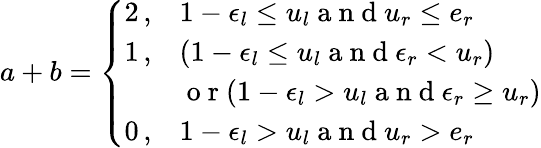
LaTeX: a+b=\left\{ \begin{array}{ll}{2\, ,}&{1-\epsilon_{l}\leq u_{l}\mathrm{~a~n~d~}u_{r}\leq e_{r}}\\ {1\, ,}&{(1-\epsilon_{l}\leq u_{l}\mathrm{~a~n~d~}\epsilon_{r}<u_{r})}\\ {~}&{\mathrm{~o~r~}(1-\epsilon_{l}>u_{l}\mathrm{~a~n~d~}\epsilon_{r}\geq u_{r})}\\ {0\, ,}&{1-\epsilon_{l}>u_{l}\mathrm{~a~n~d~}u_{r}>e_{r}}\end{array}\right.